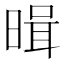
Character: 𭦱